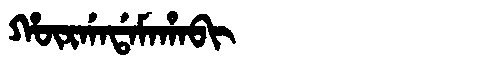
Manchu: ᡥᡡᡵᡤᠠᡩᠠᠮᠠᡥᠠᠪᡳ
Romanization: HŪRGADAMAHABI